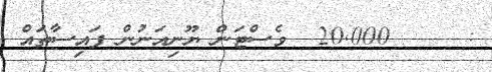
:     20